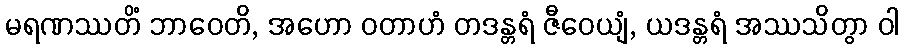
မရဏဿတိံ ဘာဝေတိ, အဟော ဝတာဟံ တဒန္တရံ ဇီဝေယျံ, ယဒန္တရံ အဿသိတွာ ဝါ